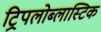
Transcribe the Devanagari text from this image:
ट्रिपलोब्लास्टिक